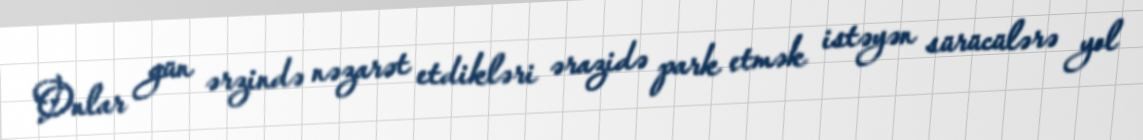
Onlar gün ərzində nəzarət etdikləri ərazidə park etmək istəyən sürücülərə yol